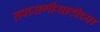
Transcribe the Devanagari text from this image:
तपासणीसाठीच्या